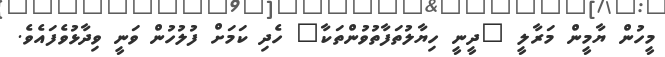
މީހުން ޔާމީން މަރާލީ "ދީނީ ހިޔާލުތަފާތުވުންތަކާ" ހެދި ކަމަށް ފުލުހުން ވަނީ ވިދާޅުވެފައެވެ.